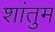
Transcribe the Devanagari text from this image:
शांतुम